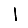
Digit: 1